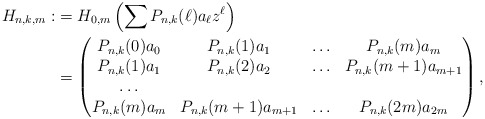
\begin{align*}H_{n,k,m}:&=H_{0,m}\left(\sum P_{n,k}(\ell)a_{\ell}z^{\ell}\right)\\&=\begin{pmatrix} P_{n,k}(0)a_0 & P_{n,k}(1)a_{1} & \ldots & P_{n,k}(m)a_{m} \\P_{n,k}(1)a_{1} & P_{n,k}(2)a_{2} &\ldots & P_{n,k}(m+1)a_{m+1} \\ \ldots \\ P_{n,k}(m)a_{m} & P_{n,k}(m+1)a_{m+1} &\ldots & P_{n,k}(2m)a_{2m} \end{pmatrix},\end{align*}